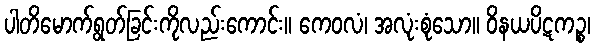
ပါတိမောက်ရွတ်ခြင်းကိုလည်းကောင်း။ ကေဝလံ၊ အလုံးစုံသော။ ဝိနယပိဋကဉ္စ၊